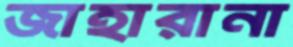
জাহারানা